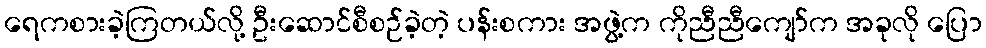
ရေကစားခဲ့ကြတယ်လို့ ဦးဆောင်စီစဉ်ခဲ့တဲ့ ပန်းစကား အဖွဲ့က ကိုညီညီကျော်က အခုလို ပြော